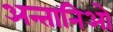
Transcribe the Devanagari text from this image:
अन्तानिओ